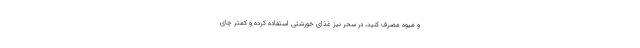
و میوه مصرف کنید، در سحر نیز غذای خورشتی استفاده کرده و کمتر چای